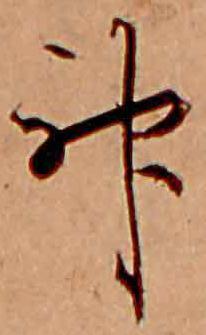
神